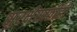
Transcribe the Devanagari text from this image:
सुरक्षेसाठीही